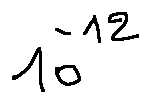
1 0 ^ { - 1 2 }